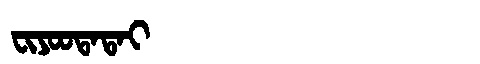
Manchu: ᠸᡳᠶᠣᠣᡨᠠᡨᠠᡳ
Romanization: FIYOOTATAI